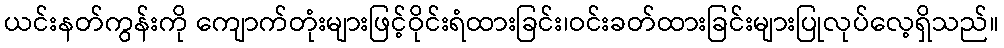
ယင်းနတ်ကွန်းကို ကျောက်တုံးများဖြင့်ဝိုင်းရံထားခြင်း၊ဝင်းခတ်ထားခြင်းများပြုလုပ်လေ့ရှိသည်။